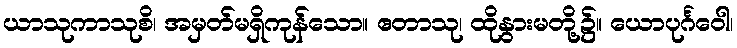
ယာသုကာသုစိ၊ အမှတ်မရှိကုန်သော။ ဧတာသု၊ ထိုနွားမတို့၌။ ယောပုင်္ဂဝေါ၊